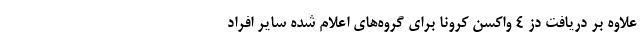
علاوه بر دریافت دز ۴ واکسن کرونا برای گروه‌های اعلام شده سایر افراد